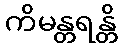
ကိမန္တရန္တိ